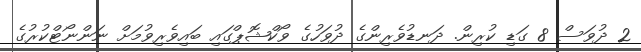
2 ދުވަސް 8 ގަޑި ކުރިން. ދަނޑުވެރިންގެ ދުވަހުގެ ވޯކްޝޮޕްގައި ބައިވެރިވުމަށް ނަންނޯޓްކުރުުގެ